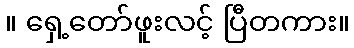
။ ရှေ့တော်ဖူးလင့် ပြီတကား။